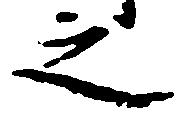
之